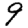
Digit: 9